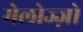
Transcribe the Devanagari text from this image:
मेलोज्ज़ो